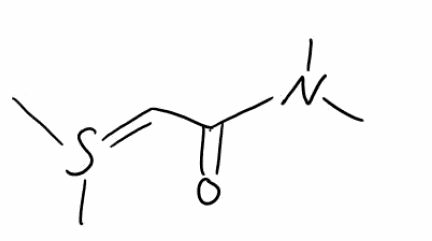
Simplified molecular-input line-entry system (SMILES) notation of the given molecule:
CN(C)C(=O)C=S(C)C